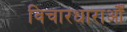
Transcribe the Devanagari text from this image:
विचारधाराओँ